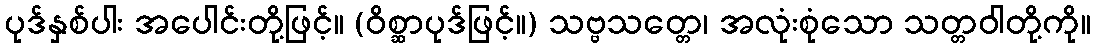
ပုဒ်နှစ်ပါး အပေါင်းတို့ဖြင့်။ (ဝိစ္ဆာပုဒ်ဖြင့်။) သဗ္ဗသတ္တေ၊ အလုံးစုံသော သတ္တဝါတို့ကို။